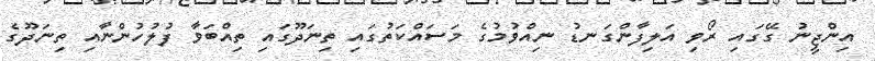
އިންޖީނު ގޭގައި ރޯވި އަލިފާންގަނޑު ނިއްވުމުގެ މަސައްކަތުގައި ތިނަދޫގައި ތިއްބަވާ ފުލުހުންނާއި ތިނަދޫގެ